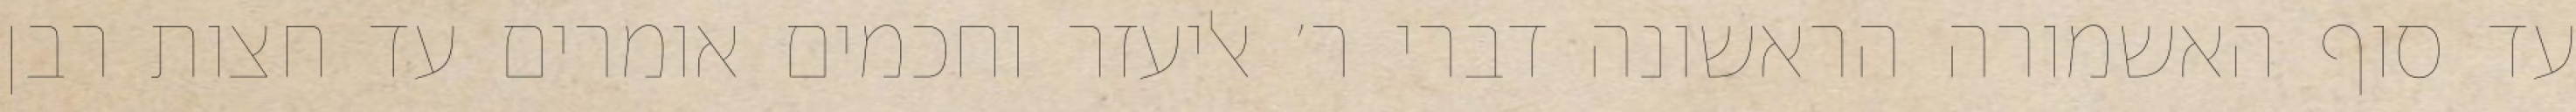
עד סוף האשמורה הראשונה דברי ר׳ אליעזר וחכמים אומרים עד חצות רבן